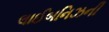
લાઈબનિઝની